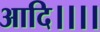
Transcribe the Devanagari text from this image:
आदि।।।।